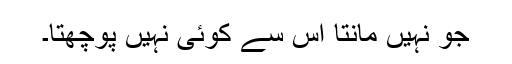
جو نہیں مانتا اس سے کوئی نہیں پوچھتا۔